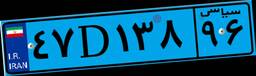
۶۹D۱۲۲۰۵